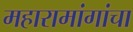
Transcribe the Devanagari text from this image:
महारामांगांचा